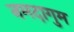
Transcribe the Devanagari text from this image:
नमदागुम